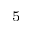
^ 5